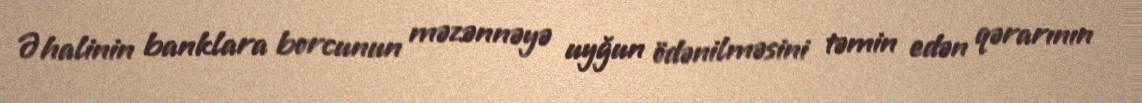
Əhalinin banklara borcunun məzənnəyə uyğun ödənilməsini təmin edən qərarının